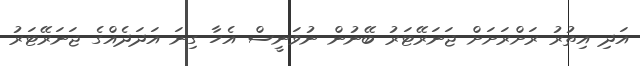
އަދި އިތުރު ރަށްރަށަށް ޖަނަރޭޓަރު ބޭނުން ނުވަނީސް އެހާ ގިނަ އަދަދެއްގެ ޖަނަރޭޓަރު